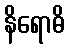
နိရောဓိ